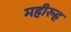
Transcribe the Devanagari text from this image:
महीरुह